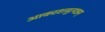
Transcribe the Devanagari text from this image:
आकाशमुत्पन्नम्‌